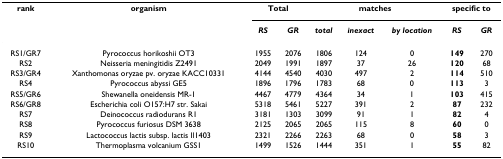
<table><thead><tr><td><b>rank</b></td><td><b>organism</b></td><td colspan="2"><b>Total</b></td><td colspan="3"><b>matches</b></td><td colspan="2"><b>specific to</b></td></tr><tr><td></td><td></td><td><b><i>RS</i></b></td><td><b><i>GR</i></b></td><td><b><i>total</i></b></td><td><b><i>inexact</i></b></td><td><b><i>by location</i></b></td><td><b><i>RS</i></b></td><td><b><i>GR</i></b></td></tr></thead><tbody><tr><td>RS1/GR7</td><td>Pyrococcus horikoshii OT3</td><td>1955</td><td>2076</td><td>1806</td><td>124</td><td>0</td><td><b>149</b></td><td>270</td></tr><tr><td>RS2</td><td>Neisseria meningitidis Z2491</td><td>2049</td><td>1991</td><td>1897</td><td>37</td><td>26</td><td><b>120</b></td><td>68</td></tr><tr><td>RS3/GR4</td><td>Xanthomonas oryzae pv. oryzae KACC10331</td><td>4144</td><td>4540</td><td>4030</td><td>497</td><td>2</td><td><b>114</b></td><td>510</td></tr><tr><td>RS4</td><td>Pyrococcus abyssi GE5</td><td>1896</td><td>1796</td><td>1783</td><td>68</td><td>0</td><td><b>113</b></td><td>3</td></tr><tr><td>RS5/GR6</td><td>Shewanella oneidensis MR-1</td><td>4467</td><td>4779</td><td>4364</td><td>34</td><td>1</td><td><b>103</b></td><td>415</td></tr><tr><td>RS6/GR8</td><td>Escherichia coli O157:H7 str. Sakai</td><td>5318</td><td>5461</td><td>5227</td><td>391</td><td>2</td><td><b>87</b></td><td>232</td></tr><tr><td>RS7</td><td>Deinococcus radiodurans R1</td><td>3181</td><td>1303</td><td>3099</td><td>91</td><td>1</td><td><b>82</b></td><td>4</td></tr><tr><td>RS8</td><td>Pyrococcus furiosus DSM 3638</td><td>2125</td><td>2065</td><td>2065</td><td>115</td><td>8</td><td><b>60</b></td><td>0</td></tr><tr><td>RS9</td><td>Lactococcus lactis subsp. lactis Il1403</td><td>2321</td><td>2266</td><td>2263</td><td>68</td><td>0</td><td><b>58</b></td><td>3</td></tr><tr><td>RS10</td><td>Thermoplasma volcanium GSS1</td><td>1499</td><td>1526</td><td>1444</td><td>351</td><td>1</td><td><b>55</b></td><td>82</td></tr></tbody></table>